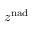
z ^ { \mathrm { n a d } }